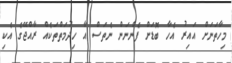
މިހާތަނަށް އައިރު އެހާ ބޮޑަށް ފެންނަން ނެތަސް އާ ހިދުމަތްތަކެއް ރާއްޖޭގެ އެކި